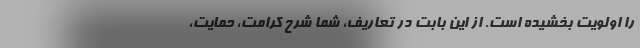
را اولویت بخشیده است. از این بابت در تعاریف، شما شرح کرامت، حمایت،